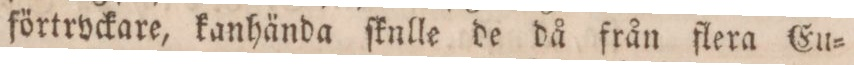
förtryckare, kanhända ſknlle de då från flera Eu=